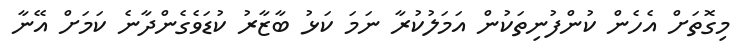
މިގޮތަށް އެހެން ކުންފުނިތަކުން އަމަލުކުރާ ނަމަ ކަޅު ބާޒާރު ކުޑަވެގެންދާނެ ކަމަށް އޭނާ